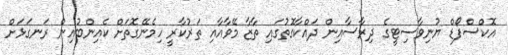
އޮކްސްފޯޑް ޔުނިވާސިޓީގެ ދިރާސާއިން ދައްކާގޮތުގައި ތާޒާ މޭވާއާއި ތަރުކާރީ ހިމެނޭގޮތަށް ކެއިންބުއިން ރަނގަޅަށް